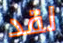
لقد